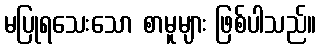
မပြုရသေးသော စာမူများ ဖြစ်ပါသည်။